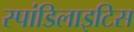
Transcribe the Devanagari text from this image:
स्पांडिलाइटिस